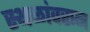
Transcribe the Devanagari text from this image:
स्थळांवरून